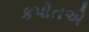
કપોતએ